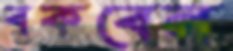
বকবেন